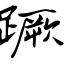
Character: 蹶